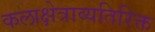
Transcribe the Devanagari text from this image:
कलाक्षेत्राव्यतिरिक्त